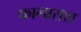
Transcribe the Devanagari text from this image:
फागाराश